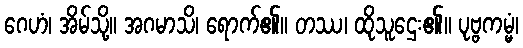
ဂေဟံ၊ အိမ်သို့။ အဂမာသိ၊ ရောက်၏။ တဿ၊ ထိုသူဌေး၏။ ပုဗ္ဗကမ္မံ၊